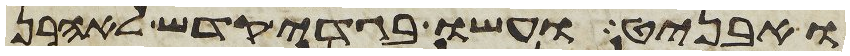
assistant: ואבניט ועשו בגדי קדש לאהרן